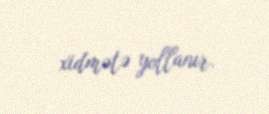
xidmətə yollanır.